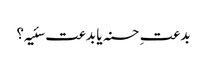
بدعتِ حسنہ یا بدعت سئیہ؟